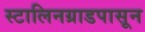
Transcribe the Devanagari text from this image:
स्टालिनग्राडपासून